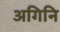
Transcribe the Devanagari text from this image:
अगिनि